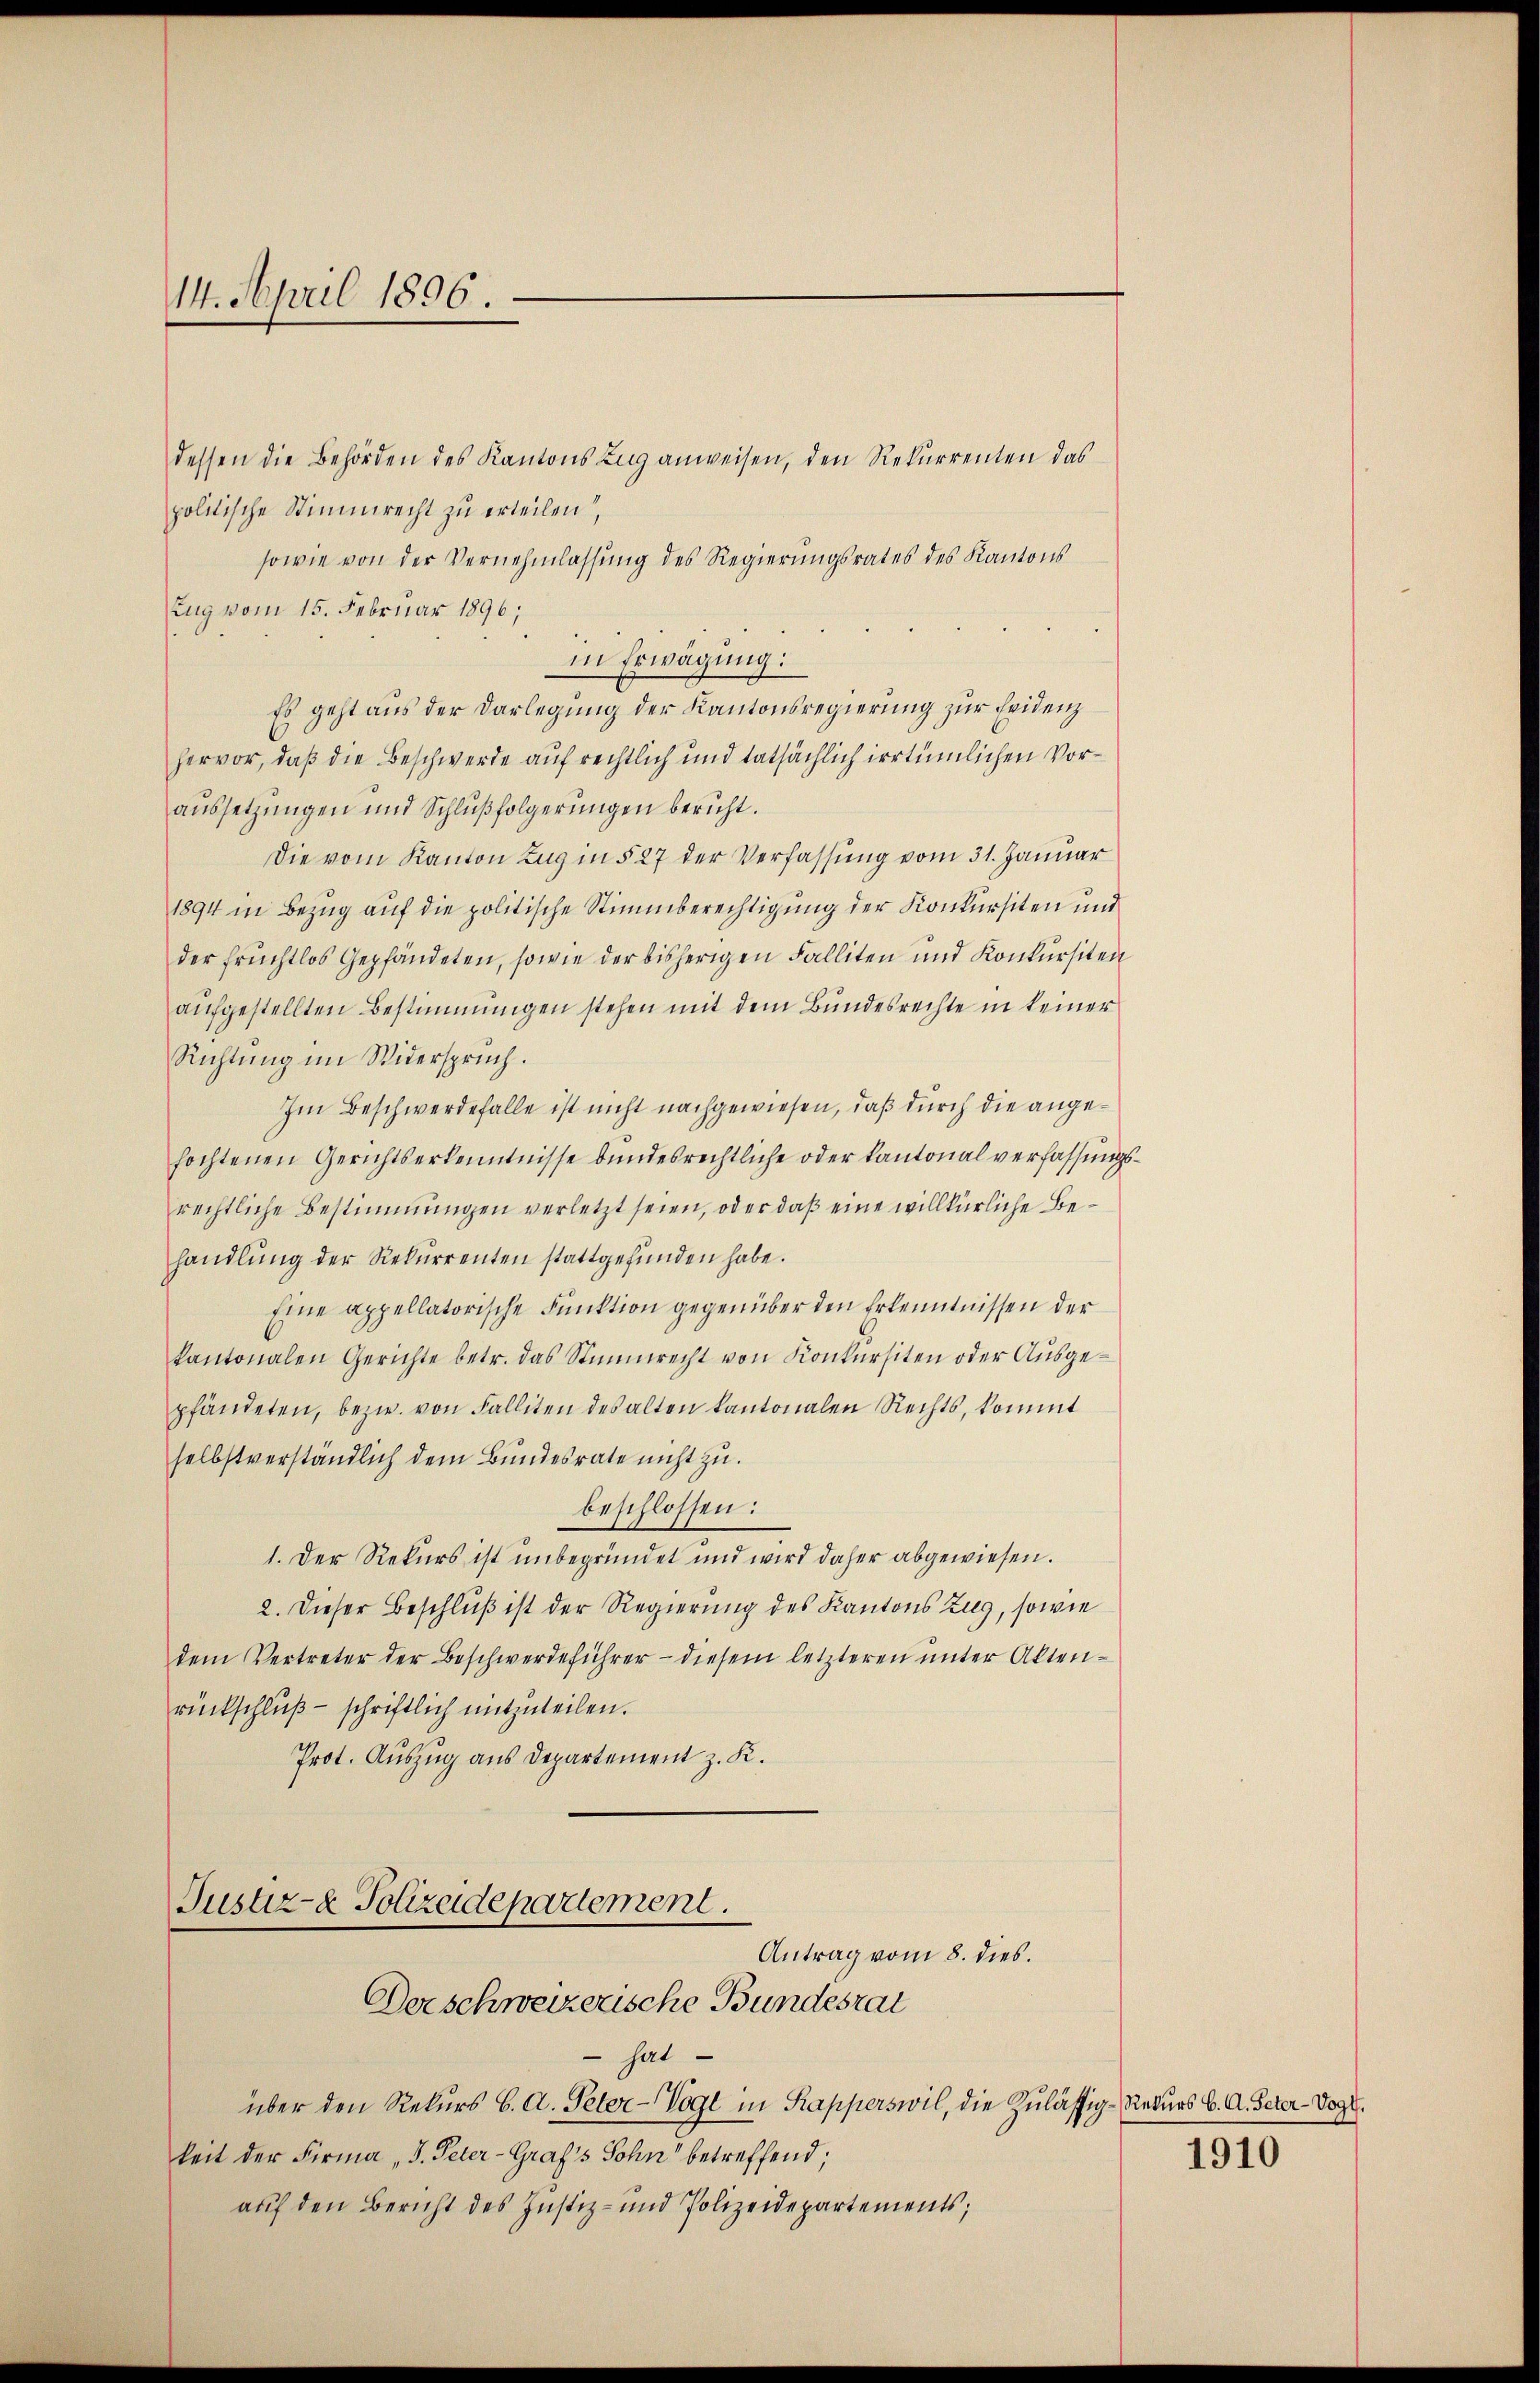
14. April 1896.

dessen die Behörden des Kantons Zug anweisen, den Rekurrenten das
politische Stimmrecht zu erteilen,
sowie von der Vernehmlassung des Regierungsrates des Kantons
Zug vom 15. Februar 1896;
in Erwägung:
Es geht aus der Darlegung der Kantonsregierung zur Evidenz
hervor, daß die Beschwerde auf rechtlich und tatsächlich irrtümlichen Voraussetzungen und Schlußfolgerungen bericht.
Die vom Kanton Zug in § 27 der Verfassung vom 31. Januar
1894 in Bezug auf die politische Stimmberechtigung der Konkursiten und
der fruchtlos gepfändeten, sowie der bisherigen Falliten und Konkursiten
aufgestellten Bestimmungen stehen mit dem Bundesrechte in keiner
Richtung im Widerspruch.
Im Beschwerdefalle ist nicht nachgewiesen, daß durch die angefochtenen Gerichtserkenntnisse bundesrechtliche oder Kantonalverfassungsrechtliche Bestimmungen verletzt seien, oder daß eine willkürliche Behandlŭng der Rekurrenten stattgefunden habe.
Eine appellatorische Funktion gegenüber den Erkenntnissen der
kantonalen Gerichte betr. das Stimmrecht von Konkursiten oder Ausgepfändeten, bezw. von Falliten des alten kantonalen Rechts, kommt
selbstverständlich dem Bundesrate nicht zu.
beschlossen:
1. Der Rekurs ist unbegründet und wird daher abgewiesen.
2. Dieser Beschluß ist der Regierung des Kantons Zug, sowie
dem Vertreter der Beschwerdeführer - diesem letzteren unter Aktenrückschluß - schriftlich mitzuteilen.
Prot. Auszug aus Departement z. K.

Justiz- & Polizeidepartement.
Antrag vom 8. dies.
Derschweizerische Bundesrat

hat
über den Rekurs C. A. Peter-Vogl in Kapperswil, die Zulässig-Rekurs C. A. Peter-Vogt.
keit der Firma „J. Peter-Graf's Sohn betreffend,
auf den Bericht des Justiz- und Polizeidepartements;

1910